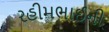
રહીમભાઈની